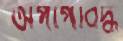
অপাপবিদ্ধ